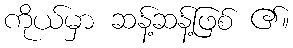
ကိုယ်မှာ ဆန့်ဆန့်ဖြစ် ၏။